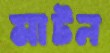
মাটন